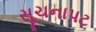
સૂચનાપટ